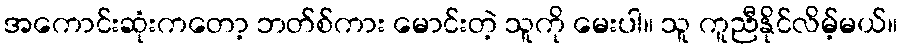
အကောင်းဆုံးကတော့ ဘတ်စ်ကား မောင်းတဲ့ သူကို မေးပါ။ သူ ကူညီနိုင်လိမ့်မယ်။